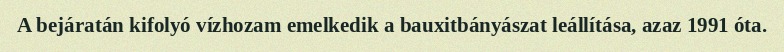
A bejáratán kifolyó vízhozam emelkedik a bauxitbányászat leállítása, azaz 1991 óta.